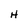
Character: H